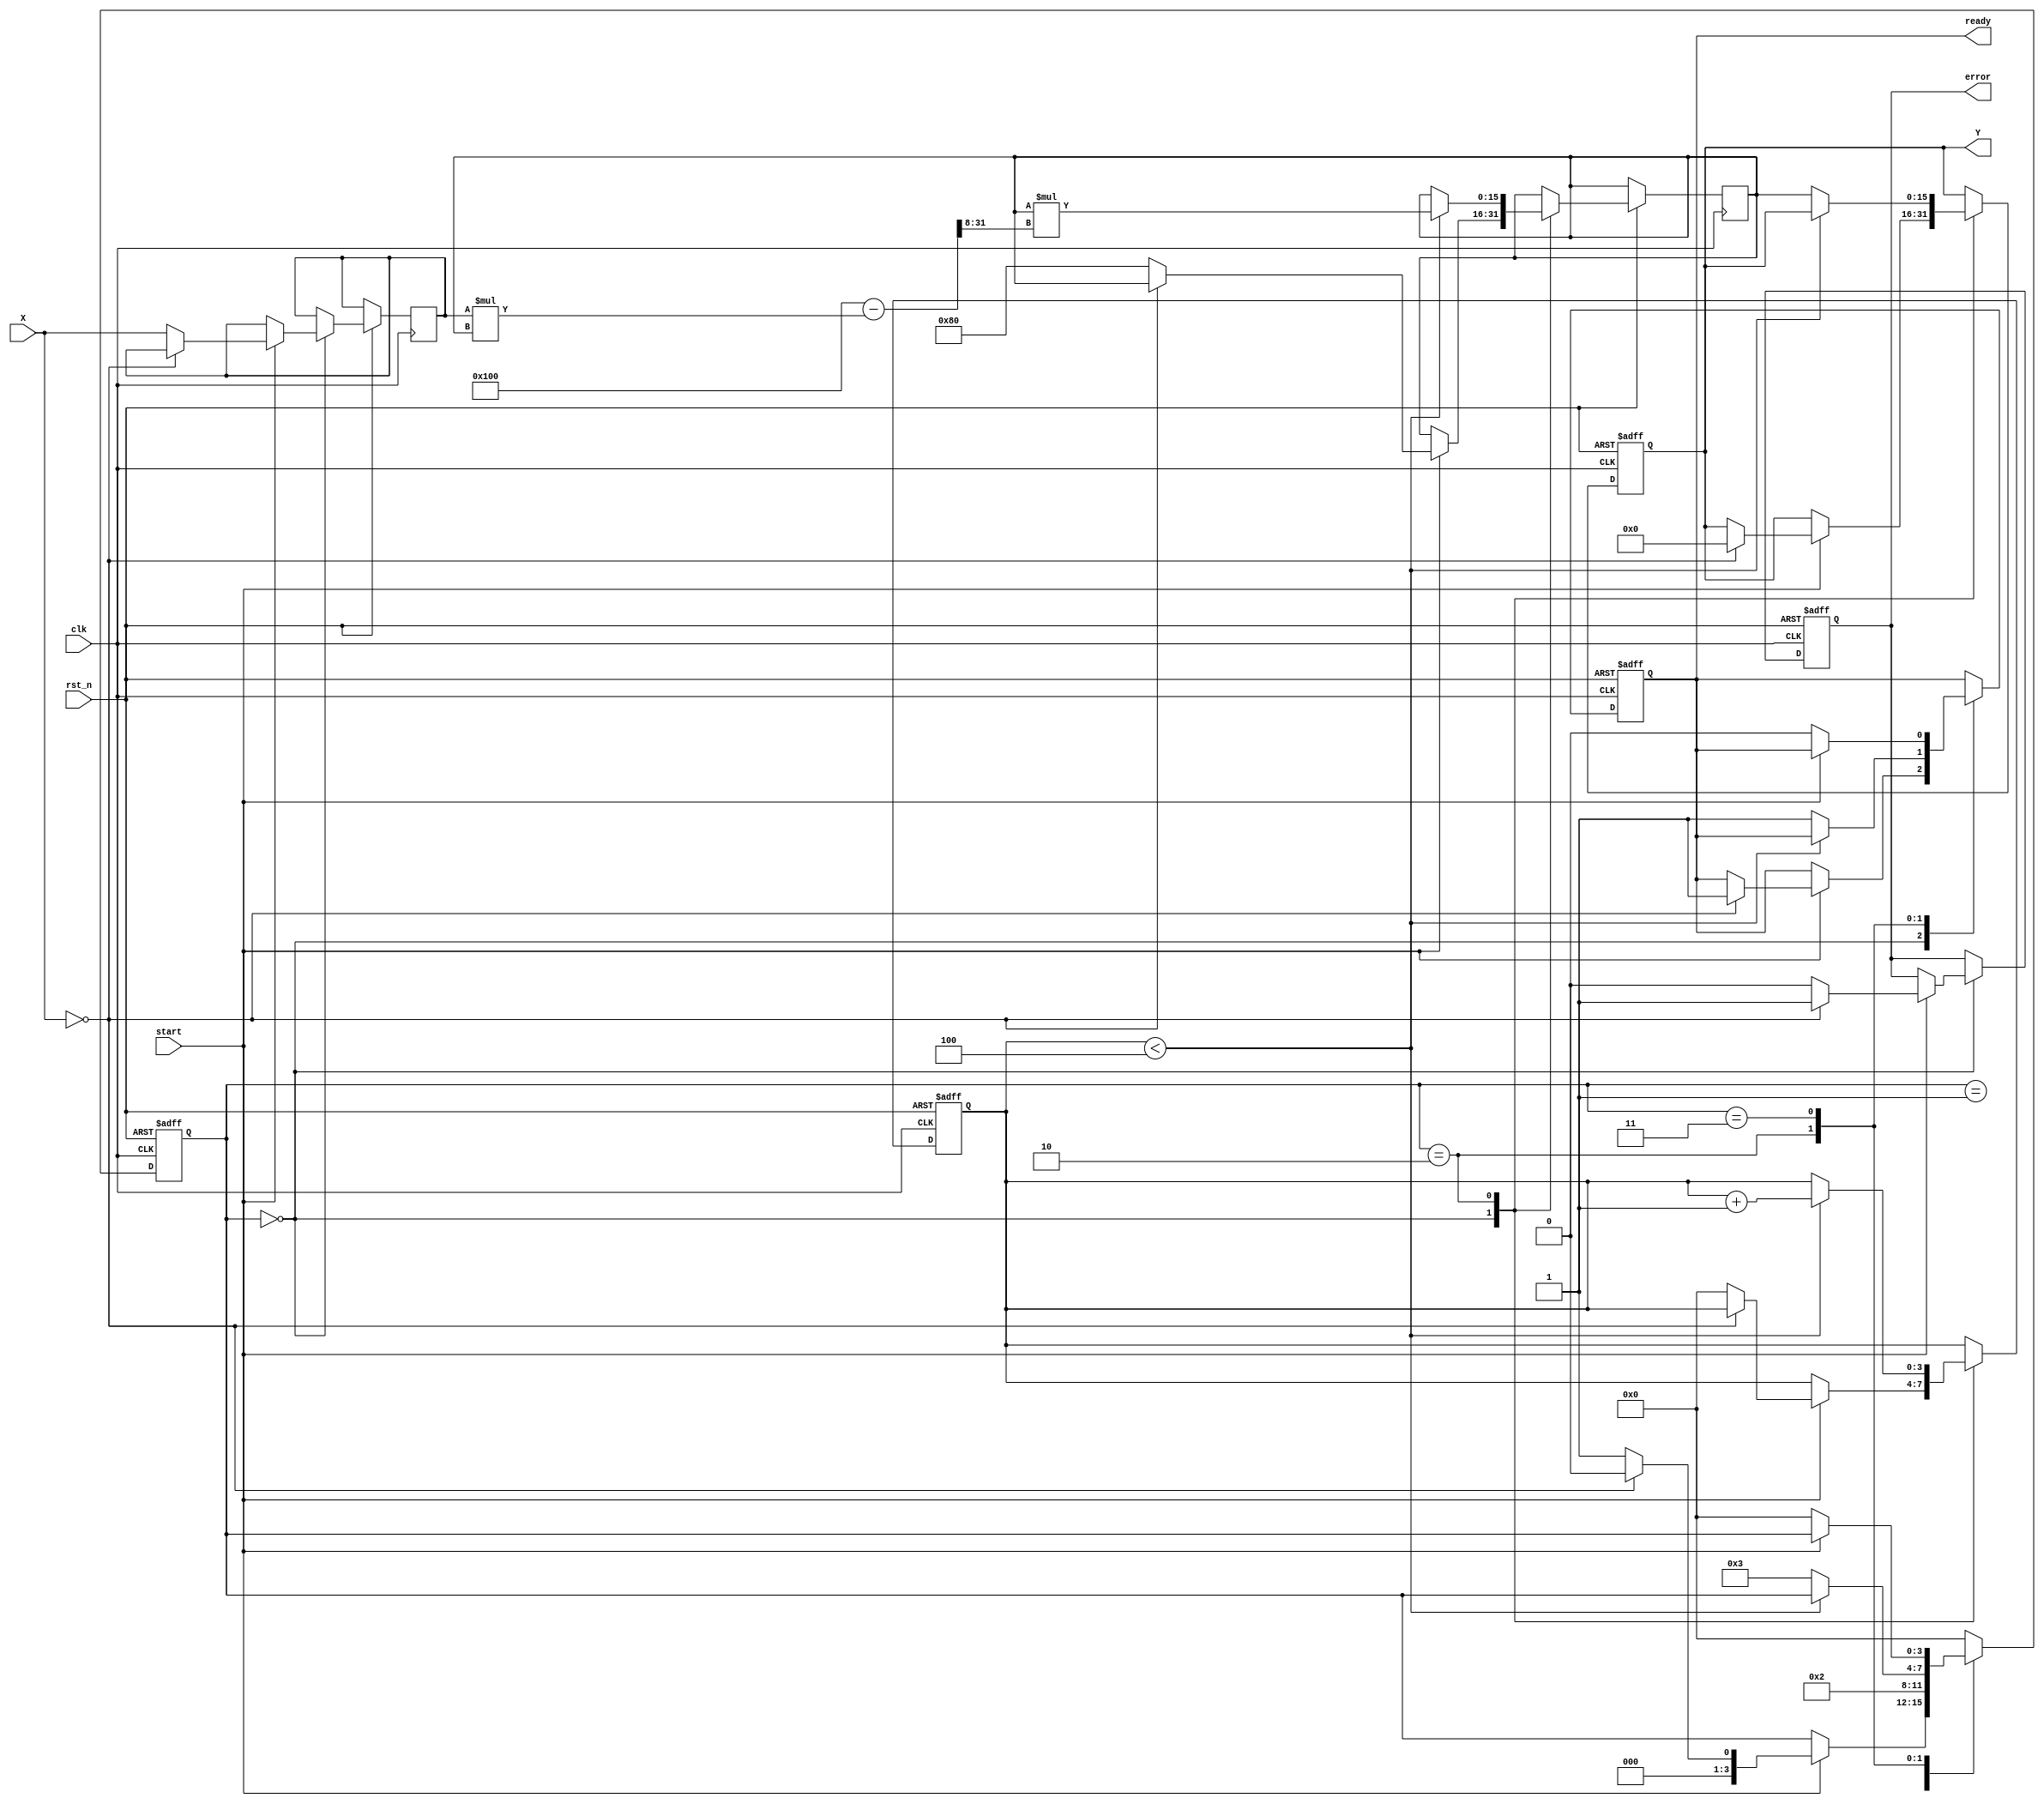
module FixedPointReciprocal #(
    parameter N = 16, // Input width
    parameter M = 16, // Output width
    parameter FRACTIONAL_BITS = 8 // Number of fractional bits
)(
    input wire clk,
    input wire rst_n,
    input wire start,
    input wire [N-1:0] X, // Input data
    output reg [M-1:0] Y, // Output data
    output reg ready, // Ready signal
    output reg error // Error signal
);

    // Internal signals
    reg [N-1:0] x_reg;
    reg [M-1:0] approx;
    reg [3:0] state;
    reg [3:0] iteration_count;

    // State encoding
    localparam IDLE = 4'b0000,
               INIT = 4'b0001,
               CALC = 4'b0010,
               DONE = 4'b0011;

    // Initial approximation for Newton-Raphson
    localparam INITIAL_APPROX = (1 << (M - FRACTIONAL_BITS - 1)); // 0.5 in fixed-point

    always @(posedge clk or negedge rst_n) begin
        if (!rst_n) begin
            Y <= 0;
            ready <= 0;
            error <= 0;
            state <= IDLE;
            iteration_count <= 0;
        end else begin
            case (state)
                IDLE: begin
                    if (start) begin
                        if (X == 0) begin
                            error <= 1; // Division by zero
                            Y <= 0; // Undefined output
                            ready <= 1;
                            state <= IDLE;
                        end else begin
                            error <= 0;
                            x_reg <= X;
                            approx <= INITIAL_APPROX; // Start with initial approximation
                            iteration_count <= 0;
                            state <= INIT;
                        end
                    end
                end

                INIT: begin
                    // Start the calculation
                    state <= CALC;
                end

                CALC: begin
                    if (iteration_count < 4) begin // Limit iterations for convergence
                        // Newton-Raphson iteration: approx = approx * (2 - x_reg * approx)
                        approx <= approx * (2**FRACTIONAL_BITS - (x_reg * approx) >> FRACTIONAL_BITS);
                        iteration_count <= iteration_count + 1;
                    end else begin
                        Y <= approx; // Final approximation
                        ready <= 1; // Indicate that the result is ready
                        state <= DONE;
                    end
                end

                DONE: begin
                    if (!start) begin
                        ready <= 0; // Reset ready signal
                        state <= IDLE; // Go back to idle state
                    end
                end

                default: state <= IDLE; // Safety default
            endcase
        end
    end
endmodule